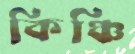
কিঞ্চি